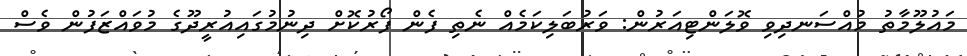
މައުލޫމާތު މުއްސަނދިވި ވޮލަންޓިއަރުން: ވަރުބަލިކަމެއް ނެތި ފެން ފޯރުކޮށް ދިނުމުގައިއުރީދޫގެ މުވައްޒަފުން ވެސް